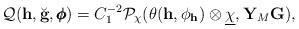
LaTeX: \begin{align*} \mathcal Q(\mathbf h, \breve{\mathbf g}, \pmb{\phi}) = C_1^{-2} \mathcal P_{\chi}(\theta(\mathbf h,\phi_{\mathbf h})\otimes \underline{\chi},\mathbf Y_M \mathbf G), \end{align*}